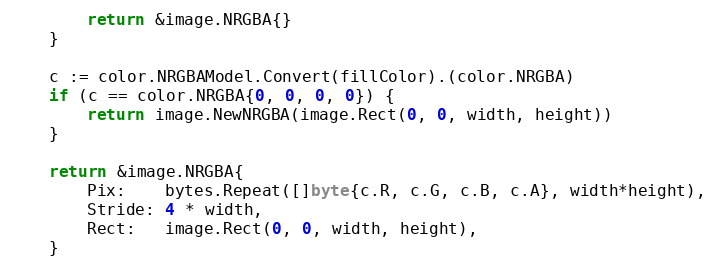
Language: Go
		return &image.NRGBA{}
	}

	c := color.NRGBAModel.Convert(fillColor).(color.NRGBA)
	if (c == color.NRGBA{0, 0, 0, 0}) {
		return image.NewNRGBA(image.Rect(0, 0, width, height))
	}

	return &image.NRGBA{
		Pix:    bytes.Repeat([]byte{c.R, c.G, c.B, c.A}, width*height),
		Stride: 4 * width,
		Rect:   image.Rect(0, 0, width, height),
	}